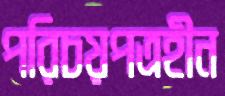
পরিচয়পত্রহীন